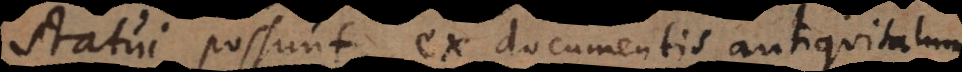
statui possunt, ex documentis antiquitatum